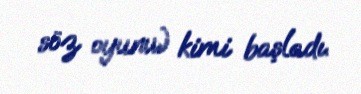
söz oyunu) kimi başladı.